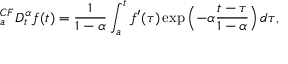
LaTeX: _ { a } ^ { C F } D _ { t } ^ { \alpha } f ( t ) = { \frac { 1 } { 1 - \alpha } } \int _ { a } ^ { t } f ^ { \prime } ( \tau ) \exp \left( - \alpha { \frac { t - \tau } { 1 - \alpha } } \right) d \tau ,